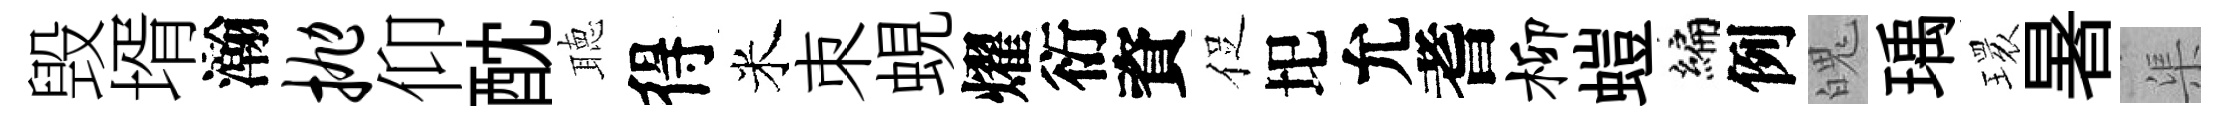
毁壻瀚抛仰酖聴得米朿蜆燿衍資促圯允耆柳螘编例魄瑀𤨔暑渠